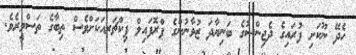
ހެދޭ ނޫކަށި ފުރައިގެ ދެޖިންސުގެ ބަނިޔާދަ ޒުވާނުންގެ ޕްރޮފައިލް ޕިކްޗަރއަކަށްވެސް ތިބާގެ ތަސްވީރެވެ.